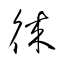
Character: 徠